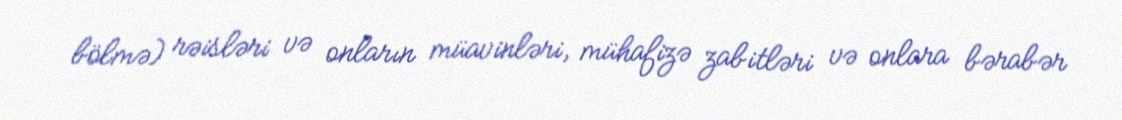
bölmə) rəisləri və onların müavinləri, mühafizə zabitləri və onlara bərabər